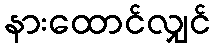
နားထောင်လျှင်